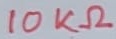
Text: 10KΩ